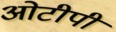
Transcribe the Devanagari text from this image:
ओटीपी